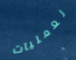
لعمليات